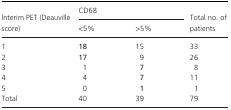
<table><thead><tr><td rowspan="2"><b>Interim PET (Deauville score)</b></td><td colspan="2"><b>CD68</b></td><td rowspan="2"><b>Total no. of patients</b></td></tr><tr><td><b>&lt;5%</b></td><td><b>&gt;5%</b></td></tr></thead><tbody><tr><td>1</td><td><b>18</b></td><td>15</td><td>33</td></tr><tr><td>2</td><td><b>17</b></td><td>9</td><td>26</td></tr><tr><td>3</td><td>1</td><td><b>7</b></td><td>8</td></tr><tr><td>4</td><td>4</td><td><b>7</b></td><td>11</td></tr><tr><td>5</td><td>0</td><td><b>1</b></td><td>1</td></tr><tr><td>Total</td><td>40</td><td>39</td><td>79</td></tr></tbody></table>